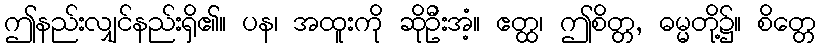
ဤနည်းလျှင်နည်းရှိ၏။ ပန၊ အထူးကို ဆိုဦးအံ့။ ဧတ္ထ၊ ဤစိတ္တ, ဓမ္မတို့၌။ စိတ္တေ